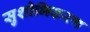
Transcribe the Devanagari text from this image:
सुशोभिकरण